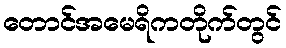
တောင်အမေရိကတိုက်တွင်